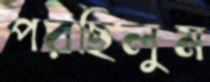
পরছিলুম